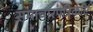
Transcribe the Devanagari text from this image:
समाचारपत्रिकाएं